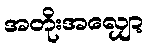
အတိုးအလျှော့